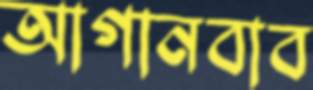
আগানবাব